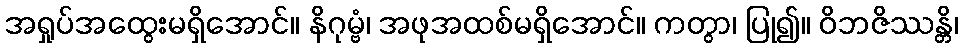
အရှုပ်အထွေးမရှိအောင်။ နိဂုမ္ဗံ၊ အဖုအထစ်မရှိအောင်။ ကတွာ၊ ပြု၍။ ဝိဘဇိဿန္တိ၊